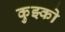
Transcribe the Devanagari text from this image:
कुझ्को